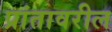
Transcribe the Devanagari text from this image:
प्रांतावरील